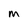
Character: M